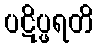
ပဋိပ္ဖရတိ